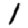
Digit: 1